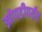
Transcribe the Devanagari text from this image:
झोपडीपर्यंत